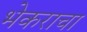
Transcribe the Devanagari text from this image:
भेकराचा